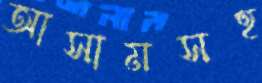
আসামসহ